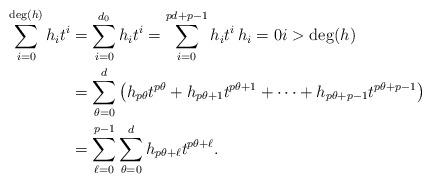
LaTeX: \begin{align*}\sum_{i=0}^{\mathrm{deg}(h)}h_i t^i &= \sum_{i=0}^{d_0}h_i t^i = \sum_{i=0}^{pd+p-1}h_i t^i \, h_i=0 i>\mathrm{deg}(h) \\&=\sum_{\theta=0}^{d}\left( h_{p\theta}t^{p\theta}+h_{p\theta+1}t^{p\theta+1}+\cdots+h_{p\theta+p-1}t^{p\theta+p-1} \right) \\ &= \sum_{\ell = 0}^{p-1} \sum_{\theta=0}^{d} h_{p\theta+\ell}t^{p\theta+\ell}.\end{align*}